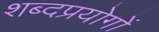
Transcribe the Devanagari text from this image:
शब्दप्रयोगों